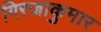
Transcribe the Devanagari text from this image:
गिरजाकुमार